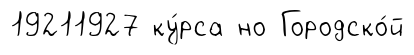
19211927 ку́рса но Городско́й